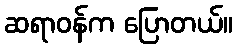
ဆရာဝန်က ပြောတယ်။